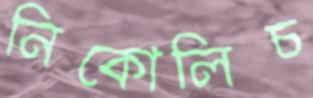
নিকোলিচ